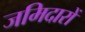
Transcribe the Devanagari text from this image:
जमिदारों